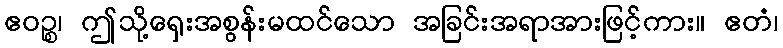
ဧဝဉ္စ၊ ဤသို့ရှေးအစွန်းမထင်သော အခြင်းအရာအားဖြင့်ကား။ ဧတံ၊